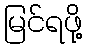
မြင်ရဖို့